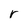
Character: r